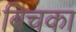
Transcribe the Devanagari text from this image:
बिचका